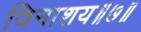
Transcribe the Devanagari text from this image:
विनाशय॥७॥